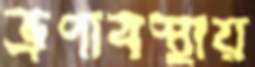
ভ্রূণাবস্থায়